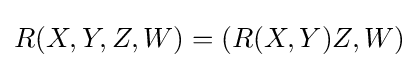
R(X,Y,Z,W)=(R(X,Y)Z,W)